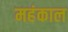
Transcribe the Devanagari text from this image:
महंकाल